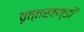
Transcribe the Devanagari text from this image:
वृत्तखण्डों